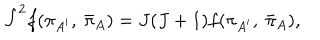
LaTeX: { \hat { J } } ^ { 2 } f ( \pi _ { A ^ { \prime } } , \ { \bar { \pi } } _ { A } ) = J ( J + 1 ) f ( \pi _ { A ^ { \prime } } , \ { \bar { \pi } } _ { A } ) ,